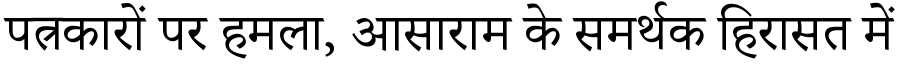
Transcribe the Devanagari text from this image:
पत्रकारों पर हमला, आसाराम के समर्थक हिरासत में